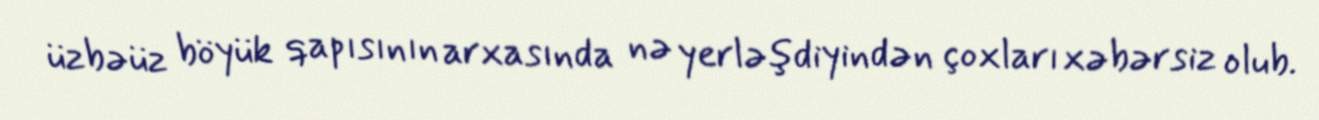
üzbəüz böyük qapısının arxasında nə yerləşdiyindən çoxları xəbərsiz olub.